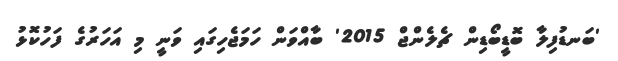
'ބަނޑުފިލާ ބޮޑީބޯޑިން ޗެލެންޖް 2015' ބާއްވަން ހަމަޖެހިގައި ވަނީ މި އަހަަރުގެ ފަހުކޮޅު